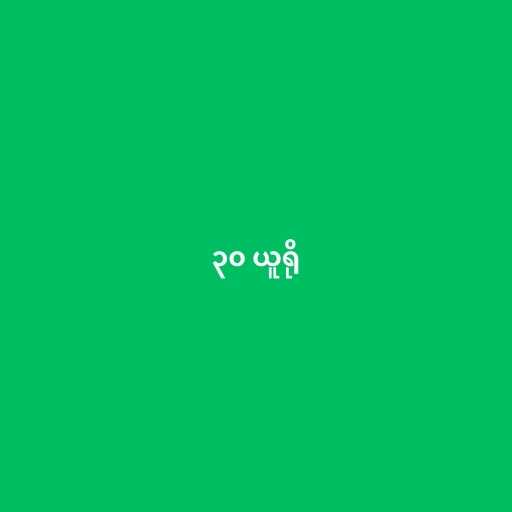
၃၀ ယူရို